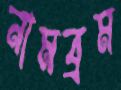
নামব্রম